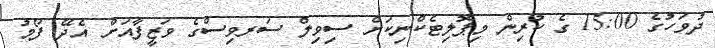
ދުވަހުގެ 15:00 ގެ ކުރިން މިޕޮލިޓެކްނިކަށް ސިވިލް ސަރވިސްގެ ވަޒީފާއަށް އެދޭ ފޯމު